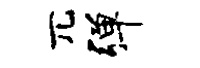
兀弹